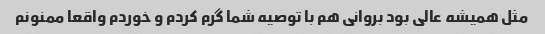
مثل همیشه عالی بود بروانی هم با توصیه شما گرم کردم و خوردم واقعا ممنونم